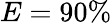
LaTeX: E=90\%